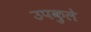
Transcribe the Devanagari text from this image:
उपकुले